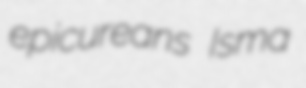
epicureans Isma